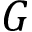
G